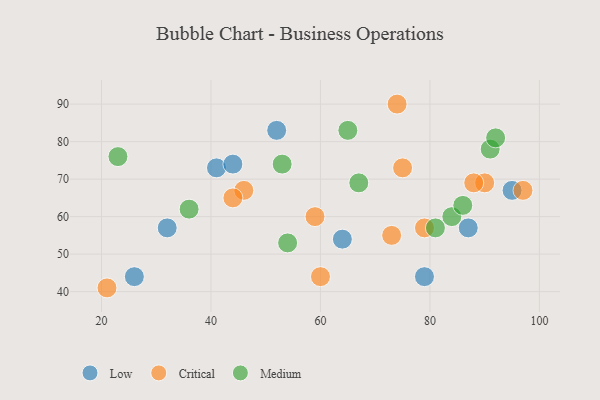
{"axis": {"x": "GDP", "y": "Life Expectancy"}, "legend": ["Critical", "Low", "Medium"], "data": [{"x": "95", "y": 67, "type": "Low"}, {"x": "32", "y": 57, "type": "Low"}, {"x": "87", "y": 57, "type": "Low"}, {"x": "52", "y": 83, "type": "Low"}, {"x": "41", "y": 73, "type": "Low"}, {"x": "44", "y": 74, "type": "Low"}, {"x": "26", "y": 44, "type": "Low"}, {"x": "79", "y": 44, "type": "Low"}, {"x": "64", "y": 54, "type": "Low"}, {"x": "59", "y": 60, "type": "Critical"}, {"x": "90", "y": 69, "type": "Critical"}, {"x": "21", "y": 41, "type": "Critical"}, {"x": "46", "y": 67, "type": "Critical"}, {"x": "79", "y": 57, "type": "Critical"}, {"x": "75", "y": 73, "type": "Critical"}, {"x": "88", "y": 69, "type": "Critical"}, {"x": "74", "y": 90, "type": "Critical"}, {"x": "60", "y": 44, "type": "Critical"}, {"x": "73", "y": 55, "type": "Critical"}, {"x": "97", "y": 67, "type": "Critical"}, {"x": "44", "y": 65, "type": "Critical"}, {"x": "81", "y": 57, "type": "Medium"}, {"x": "91", "y": 78, "type": "Medium"}, {"x": "84", "y": 60, "type": "Medium"}, {"x": "86", "y": 63, "type": "Medium"}, {"x": "53", "y": 74, "type": "Medium"}, {"x": "67", "y": 69, "type": "Medium"}, {"x": "36", "y": 62, "type": "Medium"}, {"x": "92", "y": 81, "type": "Medium"}, {"x": "23", "y": 76, "type": "Medium"}, {"x": "54", "y": 53, "type": "Medium"}, {"x": "65", "y": 83, "type": "Medium"}]}